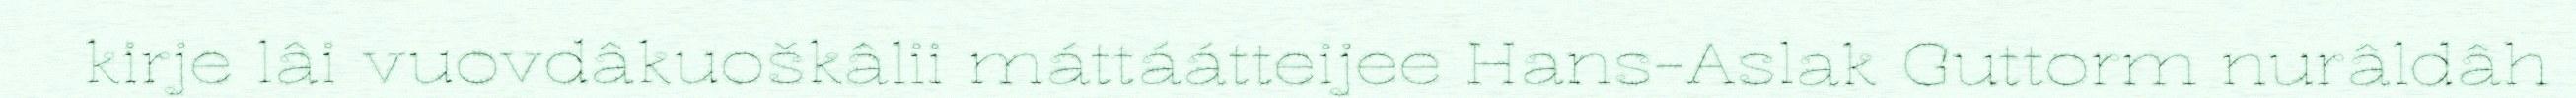
kirje lâi vuovdâkuoškâlii máttáátteijee Hans-Aslak Guttorm nurâldâh